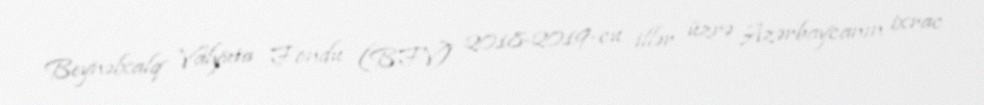
Beynəlxalq Valyuta Fondu (BFV) 2018-2019-cu illər üzrə Azərbaycanın ixrac